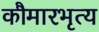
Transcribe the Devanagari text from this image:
कौमारभृत्‍य